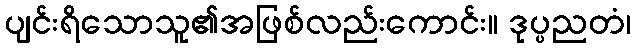
ပျင်းရိသောသူ၏အဖြစ်လည်းကောင်း။ ဒုပ္ပညတံ၊